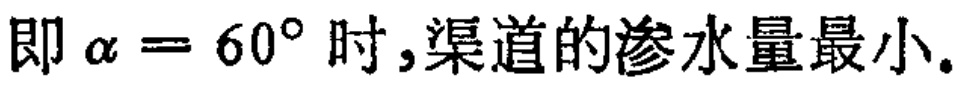
即\(\alpha = 60^{\circ}\)时,渠道的渗水量最小.